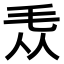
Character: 𣬱